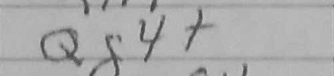
Transcription: Qg4+